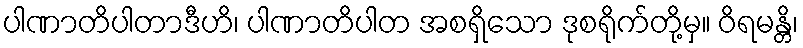
ပါဏာတိပါတာဒီဟိ၊ ပါဏာတိပါတ အစရှိသော ဒုစရိုက်တို့မှ။ ဝိရမန္တိ၊